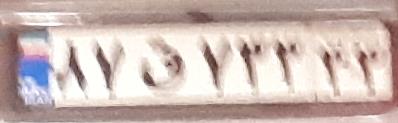
۸۷ق۷۳۳۳۳